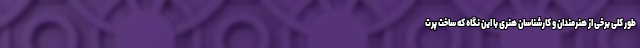
طور کلی برخی از هنرمندان و کارشناسان هنری با این نگاه که ساخت پرت